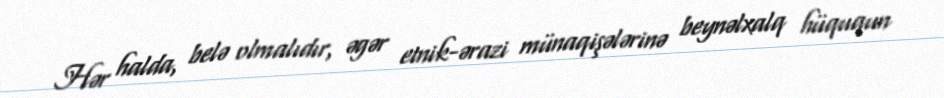
Hər halda, belə olmalıdır, əgər etnik-ərazi münaqişələrinə beynəlxalq hüququn